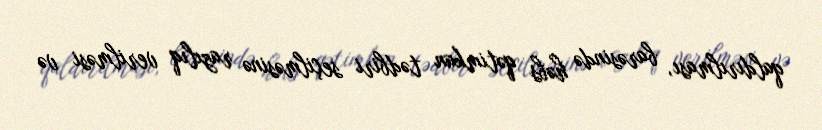
qaldırılması, barəsində həbs qətimkan tədbiri seçilməsinə razılıq verilməsi və